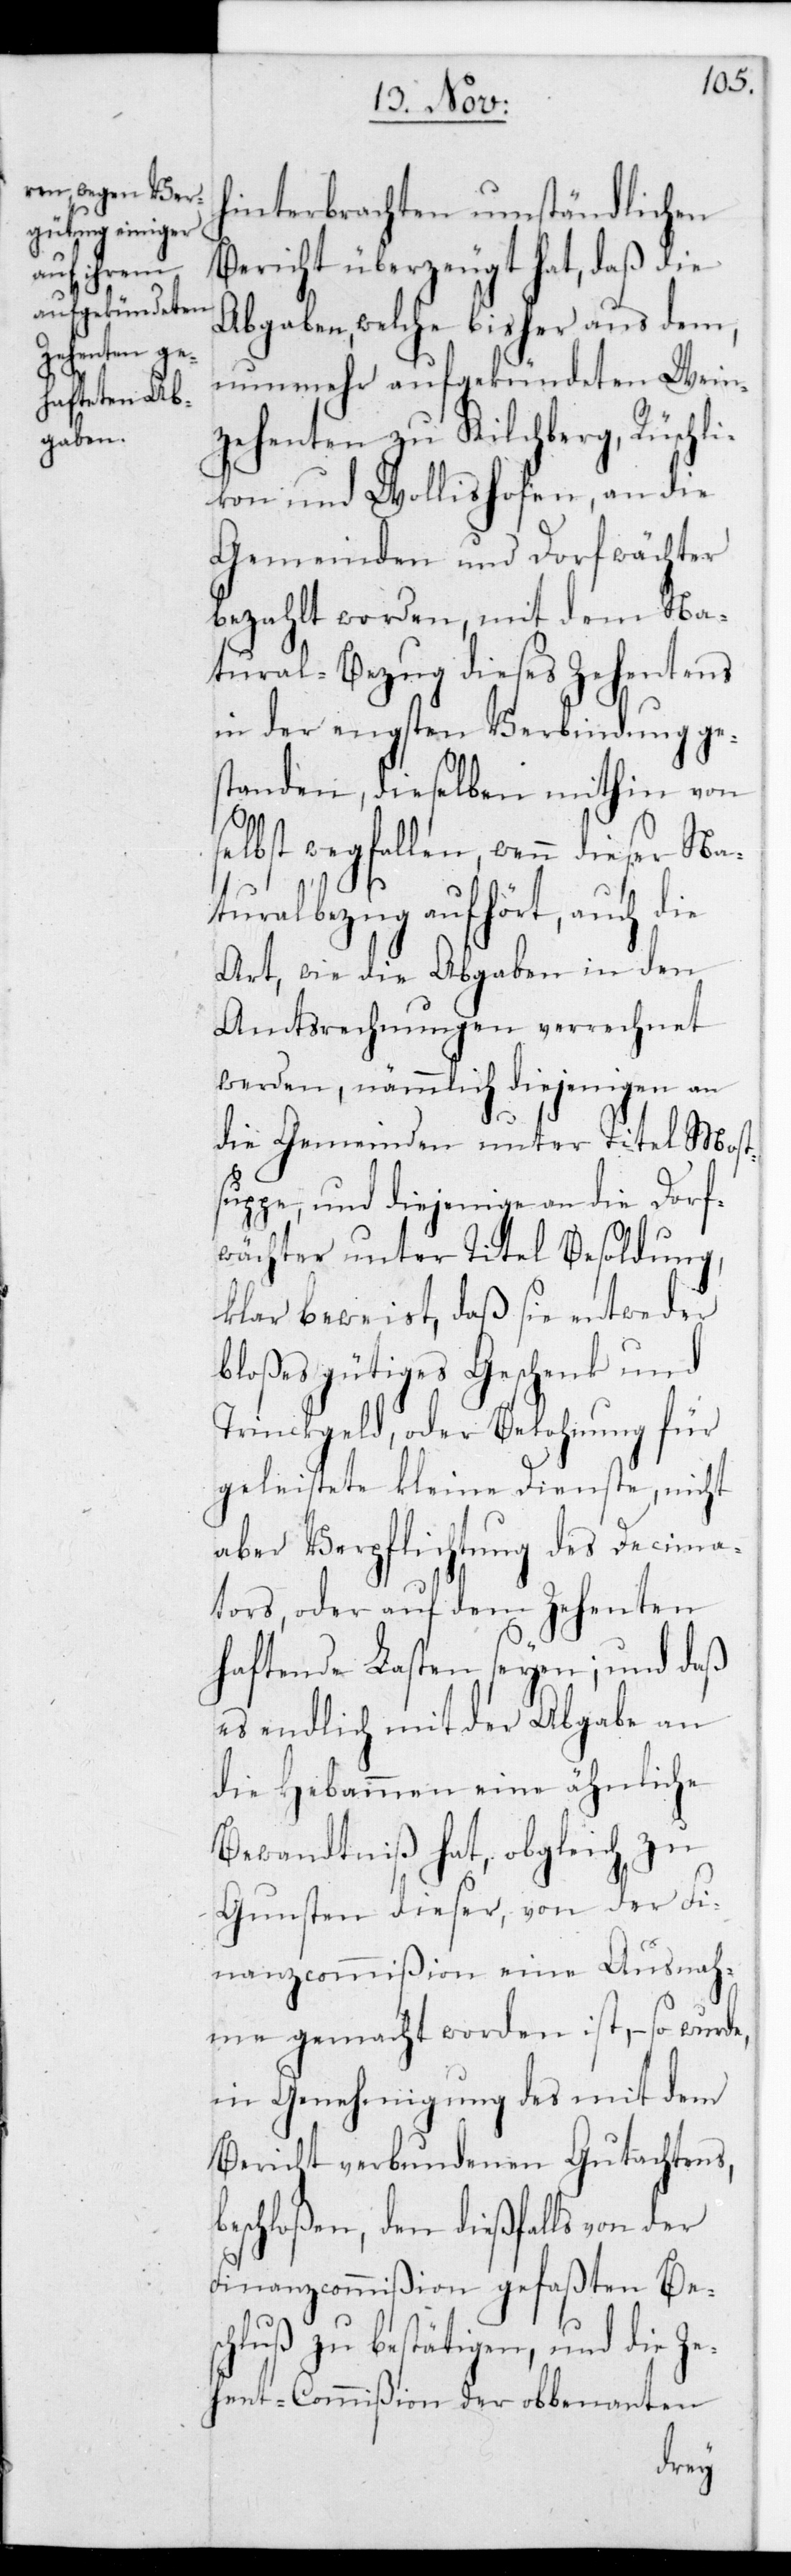
hinterbrachten umständlichen
Bericht überzeugt hat, daß die
Abgaben, welche bisher aus dem,
nunmehr aufgekündeten Wein¬
zehenten zu Kilchberg, Rüschli¬
kon und Wollishofen, an die
Gemeinden und Dorfwächter
bezahlt worden, mit dem Na¬
tural-Bezug dieses Zehentens
in der engsten Verbindung ges¬
tanden, dieselben mithin von
selbst wegfallen, wenn dieser Na¬
turalbezug aufhört, auch die
Art, wie die Abgaben in den
Amtsrechnungen verrechnet
werden, nämmlich diejenigen an
die Gemeinden unter Titel Most¬
suppe, und diejenige an die Dorf¬
wächter unter Titel Besoldung,
klar beweist, daß sie entweder
bloßes gütiges Geschenk und
Trinkgeld, oder Belohnung für
geleistete kleine Dienste, nicht
aber Verpflichtung des Decima¬
tors, oder auf dem Zehenten
haftende Lasten seyen; und daß
es endlich mit der Abgabe an
die Hebammen eine ähnliche
Bewandtniß hat, obgleich zu
Gunsten dieser, von der Fi¬
nanzcommißion eine Ausnah¬
me gemacht worden ist, – so wurde,
in Genehmigung des mit dem
Bericht verbundenen Gutachtens,
beschloßen, den dießfalls von der
Finanzcommißion gefaßten Be¬
schluß zu bestätigen, und die Ze¬
hent-Comißion der obbenannten